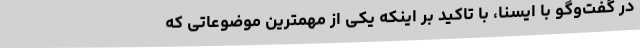
در گفت‌وگو با ایسنا، با تاکید بر اینکه یکی از مهمترین موضوعاتی که